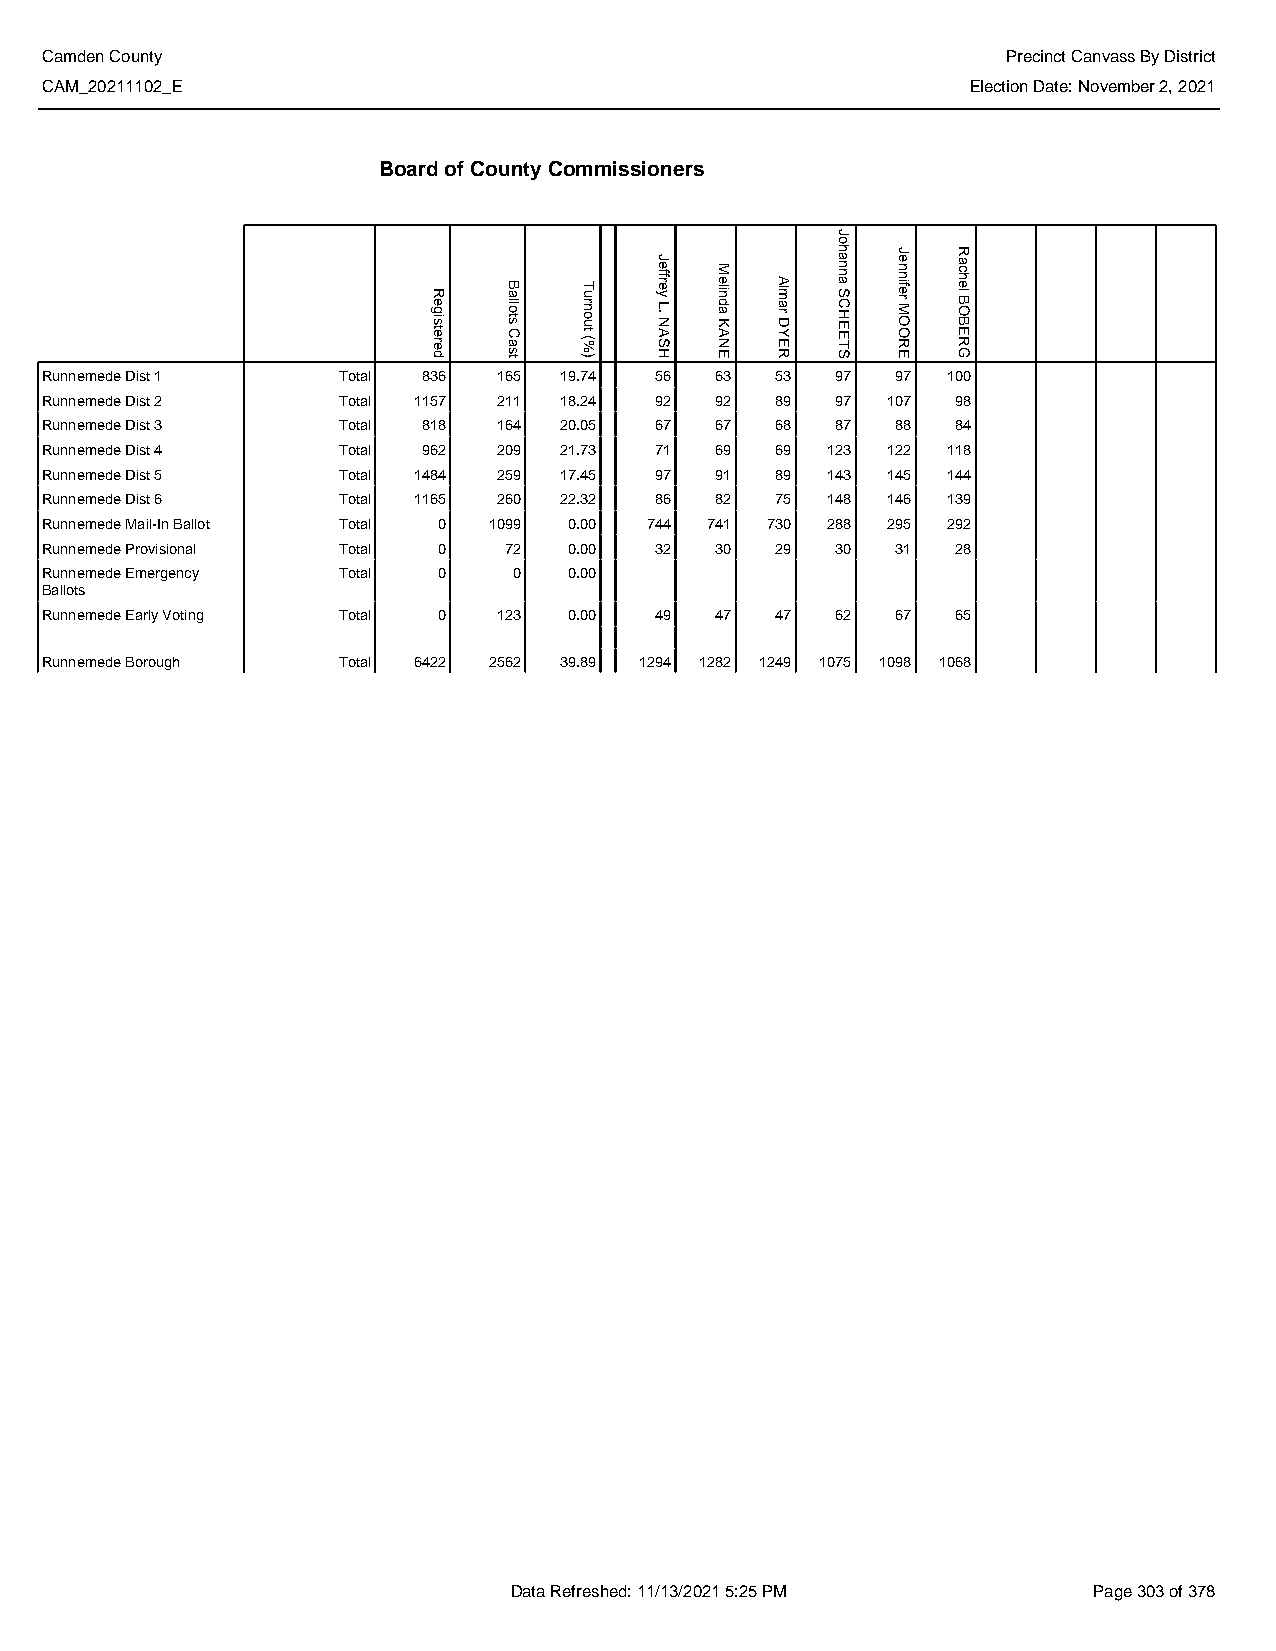
Camden County                                                   Precinct Canvass By District
 CAM_20211102_E                                               Election Date: November 2, 2021
 Board of County Commissioners
 Runnemede Dist 1   Total 836  165 19.74 56  63  53  97  97  100
 Runnemede Dist 2   Total 1157 211 18.24 92  92  89  97  107 98
 Runnemede Dist 3   Total 818  164 20.05 67  67  68  87  88  84
 Runnemede Dist 4   Total 962  209 21.73 71  69  69  123 122 118
 Runnemede Dist 5   Total 1484 259 17.45 97  91  89  143 145 144
 Runnemede Dist 6   Total 1165 260 22.32 86  82  75  148 146 139
 Runnemede Mail-In Ballot Total 0 1099 0.00 744 741 730 288 295 292
 Runnemede Provisional Total 0 72   0.00 32  30  29  30  31  28
 Runnemede Emergency Total 0    0   0.00
 Ballots
 Runnemede Early Voting Total 0 123 0.00 49  47  47  62  67  65
 Runnemede Borough  Total 6422 2562 39.89 1294 1282 1249 1075 1098 1068
 Data Refreshed: 11/13/2021 5:25 PM    Page 303 of 378
 Registered
 Ballots
 Cast
 Turnout
 (%)
 Jeffrey
 L.
 NASH
 Melinda
 KANE
 Almar
 DYER
 Johanna
 SCHEETS
 Jennifer
 MOORE
 Rachel
 BOBERG